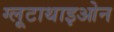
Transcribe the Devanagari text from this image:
ग्लूटाथाइओन